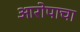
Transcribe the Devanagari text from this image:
आरोपाचा